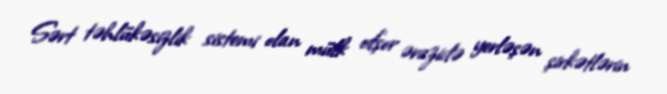
Sərt təhlükəsizlik sistemi olan mülk ofşor ərazidə yerləşən şirkətlərin